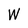
Character: W